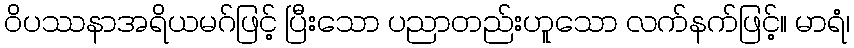
ဝိပဿနာအရိယမဂ်ဖြင့် ပြီးသော ပညာတည်းဟူသော လက်နက်ဖြင့်။ မာရံ၊